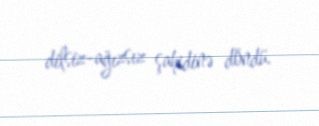
dilsiz-ağızsız şahidinə döndü.